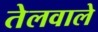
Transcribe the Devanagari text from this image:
तेलवाले